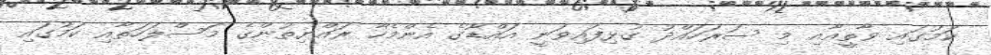
ކަމުގައި ވާތީއާއި މި ސަރަހައްދު ގުޅިފައިވަނީ އައްޑޫގެ އެންމެހާ ރައްޔިތުންގެ މަސްލަހަތާއި ކަމުގައި